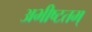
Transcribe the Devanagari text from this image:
अभीष्टतम्